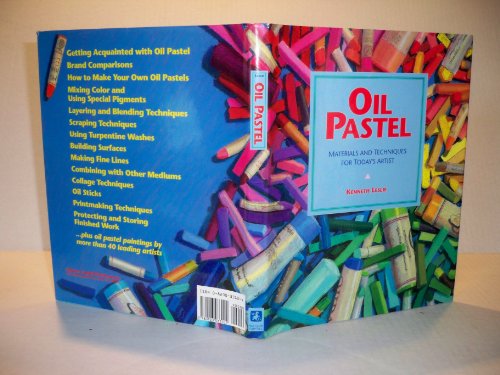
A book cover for Oil Pastel: Materials and Techniques for Today's Artist; Kenneth D. Leslie; Arts & Photography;